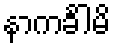
နာကင်္ခါမိ